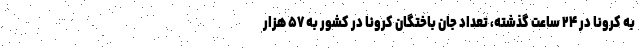
به کرونا در ۲۴ ساعت گذشته، تعداد جان باختگان کرونا در کشور به ۵۷ هزار